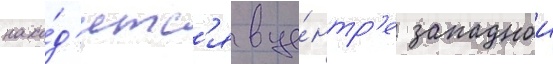
нахо́д'итс'я в це́нтр'е западнои